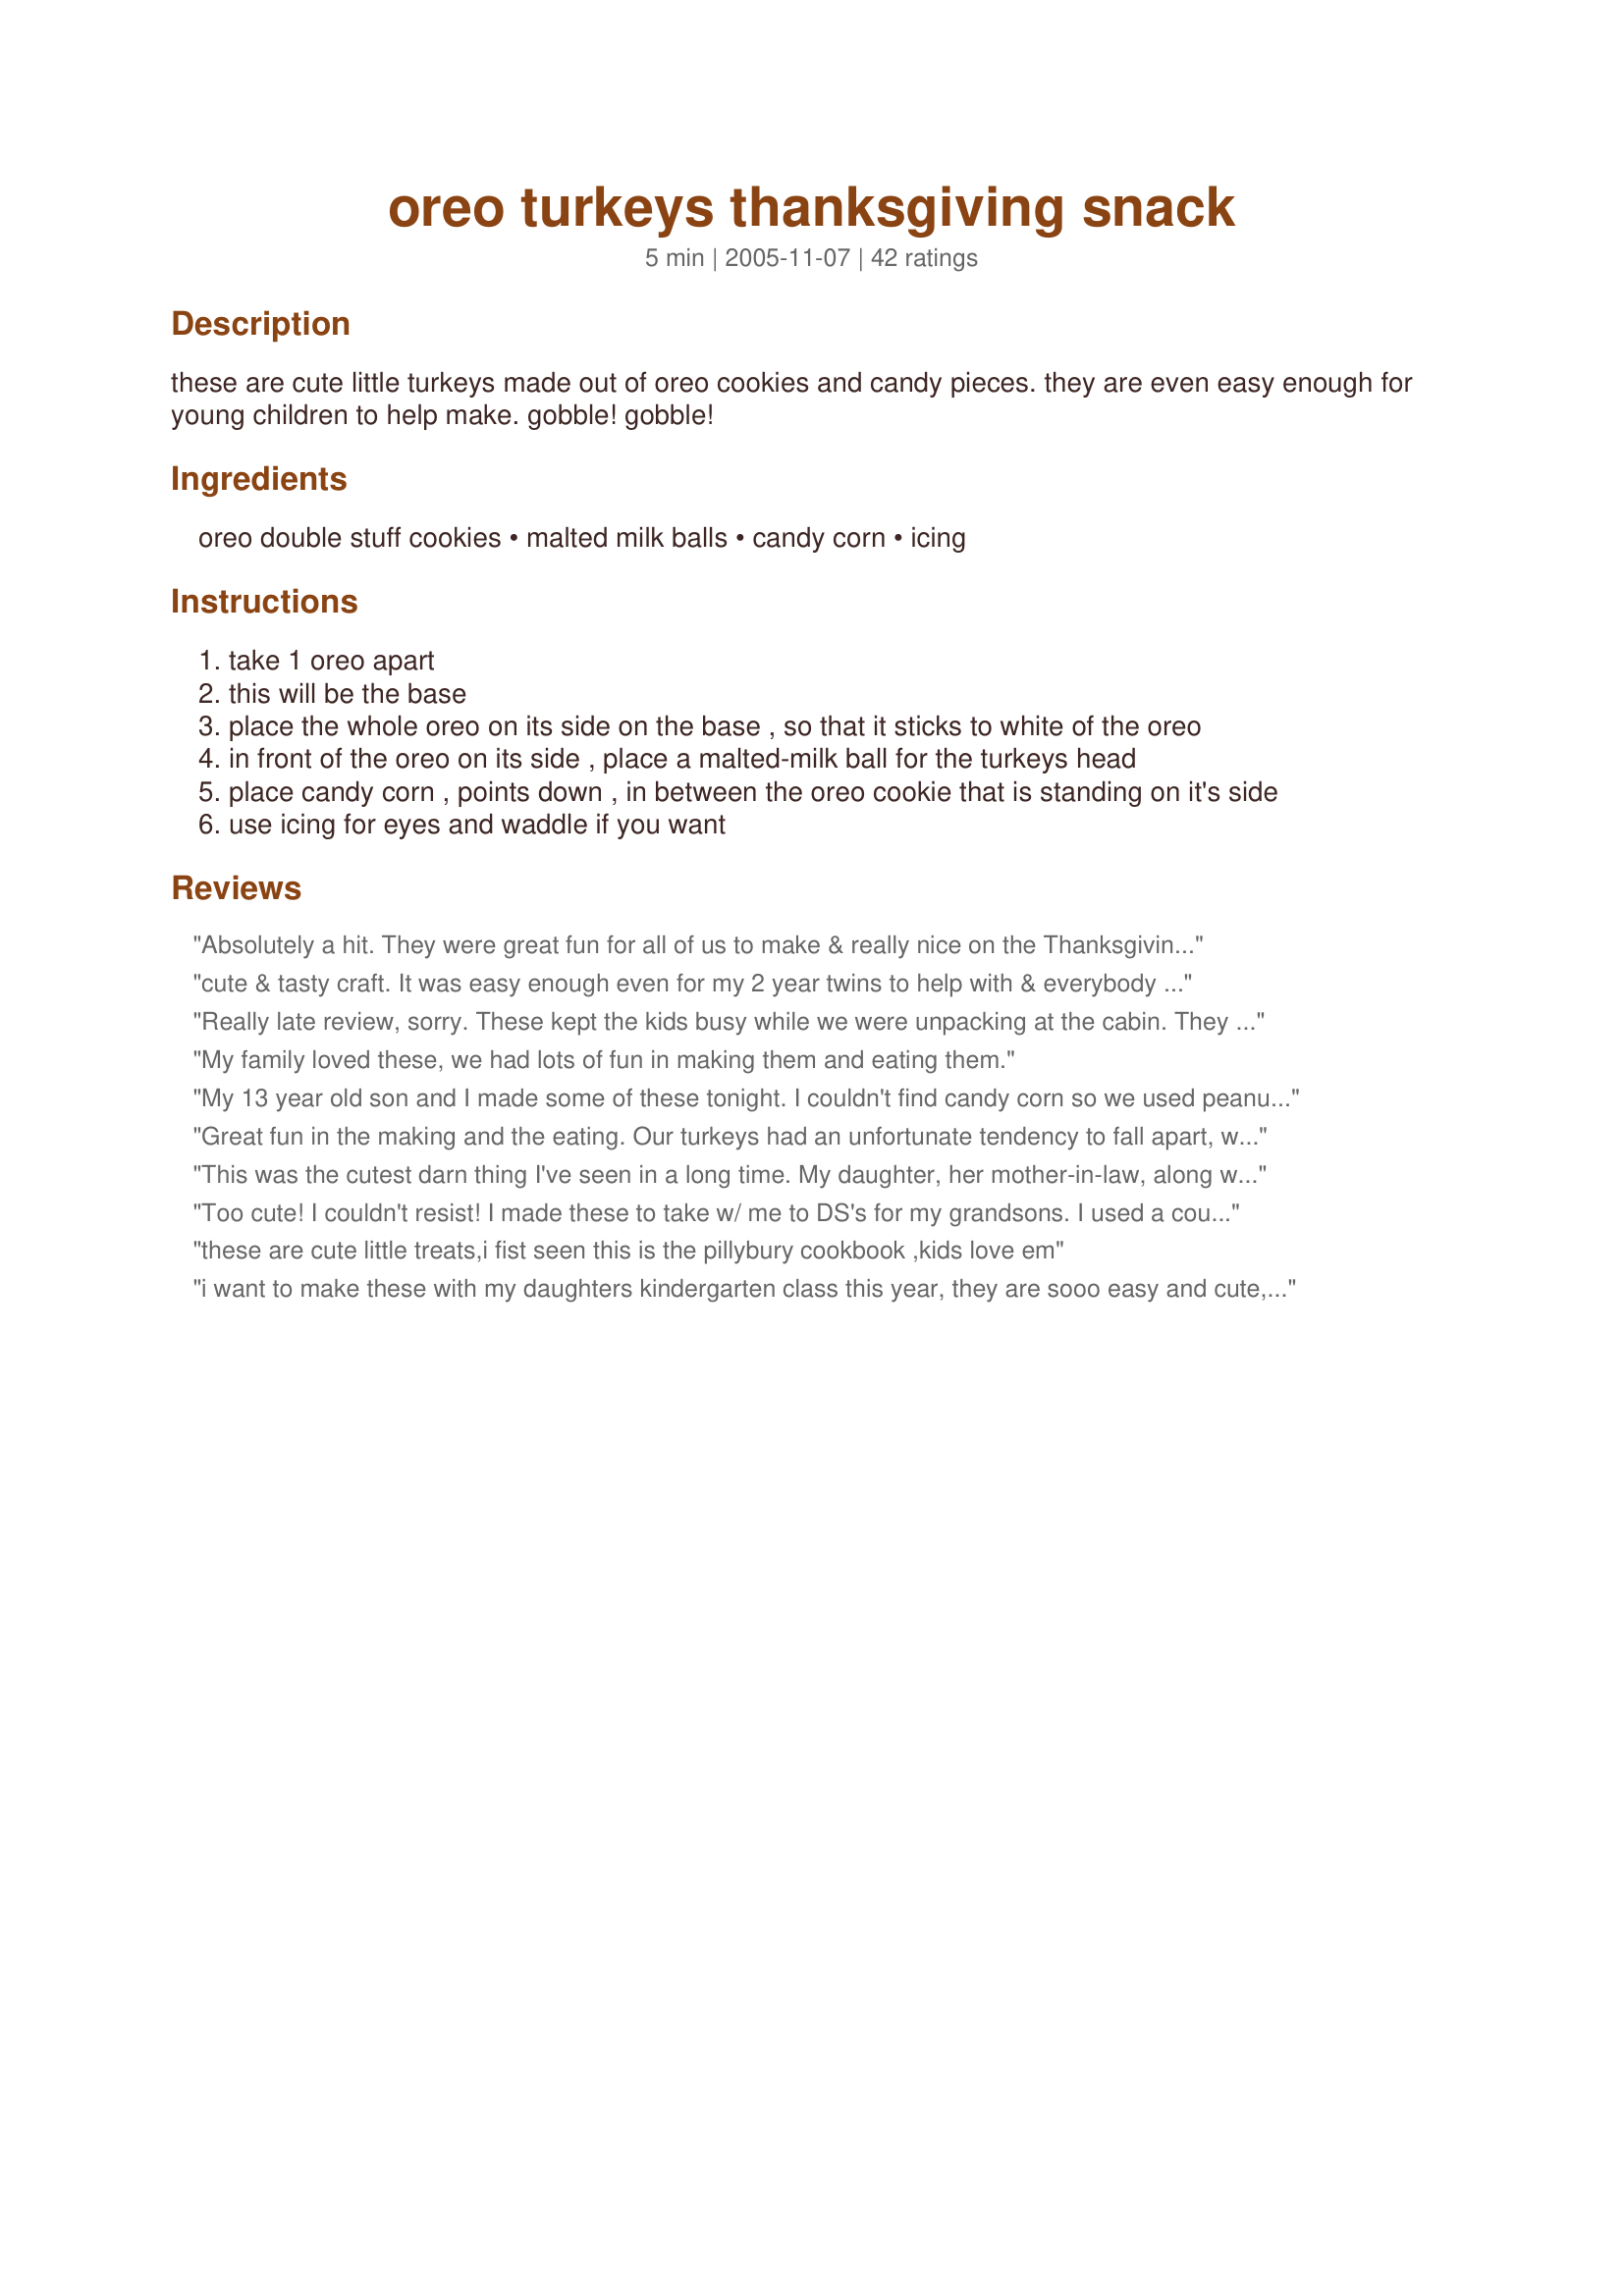
oreo turkeys thanksgiving snack
Preparation time: 5 minutes

these are cute little turkeys made out of oreo cookies and candy pieces. they are even easy enough for young children to help make. gobble! gobble!

Ingredients:
oreo double stuff cookies, malted milk balls, candy corn, icing

Steps:
take 1 oreo apart
this will be the base
place the whole oreo on its side on the base , so that it sticks to white of the oreo
in front of the oreo on its side , place a malted-milk ball for the turkeys head
place candy corn , points down , in between the oreo cookie that is standing on it's side
use icing for eyes and waddle if you want

Reviews:
Absolutely a hit. They were great fun for all of us to make & really nice on the Thanksgiving table. All the guests were amused by them. A few were eaten and a few went home with guests and I am sure many more will be made in the future -- thanks for the fun
cute & tasty craft. It was easy enough even for my 2 year twins to help with & everybody loves oreos, just don't forget to have plenty of milk on hand with this treat.
Really late review, sorry. These kept the kids busy while we were unpacking at the cabin. They ate more of the candy than of the turkeys. Very cute! Nice edible craft for young 'uns.
My family loved these, we had lots of fun in making them and eating them.
My 13 year old son and I made some of these tonight. I couldn't find candy corn so we used peanut halves. They were still cute just not as colorful! We're going to make some more for Thanksgiving as the ones we made tonight all got eaten!!!
Great fun in the making and the eating. Our turkeys had an unfortunate tendency to fall apart, which kept the kids busy keeping the turkeys intact, or eating the victims. Fun.
This was the cutest darn thing I've seen in a long time. My daughter, her mother-in-law, along with a family friend assembled these darlin's. They were placed at each table setting. It was fun to try and make them resemble certain people.

A definite must for anyone with a young children. It will light up their day.
Too cute! I couldn't resist! I made these to take w/ me to DS's for my grandsons. I used a couple of ideas from a similar recipe for this turkey, subbing Rollo's for the mini peanut butter cups b/c of a grandson's peanut allergy. I split one Oreo double stuff and, after putting in the candy corn tail feathers, sat the "tail" firmly into the white filling of the split cookie. I dabbed a bit of chocolate frosting onto the bottom and one side of the Rollo and "glued" it to the "tail" and the white "snow-covered" ground. "Glued" the malted milk ball onto the Rollo. I noticed that some of the candy corn didn't have the white tip so I broke of the orange tips for the "beaks"... which I "glued" on w/ the frosting. By this time the turkeys were starting to get some personality! I used yellow gel to make "feet" on the "snow" under the turkeys. I used red decorating gel to make the "snoods" and "wattles" across the "beak" and hanging down one side. I used blue decorating gel to make "eye"... too cute. The blue didn't show up as blue b/c of the dark background of the malted milk ball... but they're great! My DD who dropped by w/ my granddaughters LOVED them and I had to send two home for the girls. I'm sure they're going to be a HUGE hit when I get to my son's house for Thanksgiving! Thanks so much for sharing this recipe!
these are cute little treats,i fist seen this is the pillybury cookbook ,kids love em
i want to make these with my daughters kindergarten class this year, they are sooo easy and cute, and of course yummy!
Wow...my GF just pointed out that I took a photo of this LAST thxgiving, but never reviewed it. Whoops! So sorry, cheryl. Anyway, we loved them and they really gave our big white table so much charm. thx for posting!
This is very late I know. These were a big hit at Thanksgiving. I did have to use some extra frosting to keep the turkey standing, and the feathers in, but it was alot of fun. I also added the peanut butter cups for the body of the turkey. Thanks!
I am sending a copy of this to my daughter to make this for my grandkids for thankgiving. I wish i was there to make them. I made them with my daughter when she was little...now she is sharing the fun with her own kids.
These are adorable and simple enough for our 4-year old granddaughter to make, and enough fun for the 8 and 11 yr olds, too. IMPORTANT TIP! If you are planning to make these for Thanksgiving, BUY THE CANDY CORN AT HALLOWEEN. Two weeks before Thanksgiving I have searched in 8 different stores for candy corn -- no luck. Grocery stores and drug stores do not stock this candy once Halloween is over. Lucky me, I was able to finally score some candy corn at a local restaurant whose initals begin with CB and they have an old-fashioned gift shop attached to the restaurant. The candy corn was on close-out, but at least I found some! My advice to everyone is PLAN AHEAD to purchase the candy corn in October if you want to make these in November! So cute and fun to make....5 stars!
I made these for my Sunday School class and for Childrens Church this Sunday past. It went over very well. The kids had fun making them and eating them. Of course you had some that didn't like oreo's, some that didn't like candy corn... That didn't matter, they were still adoarable and a hit!
These look adorable. We'll have to do this next year!
Had to make them without double stuff Oreos, but they worked great anyway. Kids had lots of fun!
I have to give you 5 stars for cuteness alone! Too bad I didn't see these for the class project for my daughters at thanksgiving time. I am printing it out to pass on to their teachers for next year.
We made these for thanksgiving and it was a hit with both young and old. Simple and decorative.
Made these with ny three year old granddaughter. 
Very Cute. 

Thanks ncmsteryshopper. 

Bullwinkle
These are cute and easy to make but a bit fragile. My 10 month old daughter managed to grab one while daddy was holding her and made short work of it. LOL
They went over very well with the young crowd, but I couldn't get the recipe to look like the pictures. How did you get the eyes and woddles?
Thanks for sharing!
This was the cutest and most fun thing for the kids to make. Thanks for sharing!
~Texas Mommy :)
My 13 yr. old neice and my 14 yr. old son had a great time making tons of these for the Thanksgiving table. We put one at each place setting and around the centerpiece. Just goes to show you, you're never too old to enjoy the simple things. Hey, even MOM had fun making them.
As always, I went looking for something (table deccor for Thanksgiving) and found so much in RecipeZaar!!! I volunteered to bring a fruit salad, a centerpiece and now these Turkeys. They are so cute and so easy to make up, I had a dozen made in about an hour. Thanks so much for posting, NcMysteryShopper. You made my day and can't wait to take them to the dinner. Got anymore neat ideas?? Thanks again, AngelCook.
I am not sure what happened in my house, but I could not get these to stick together. I bought store brand double stuff oreos, and maybe that was it. They fell apart; and I needed to transport. Next time I will try them with original oreos.
These were so cute and festive on our Thanksgiving dinner table.
Everyone thought it was my idea and I didn't say it wasn't.
:oops:
We have snack day in my kinder's class the day before TG vaca, and when I saw this, my search was over! I LOVED the look & ease for 20+ kids. I chose the *golden* double stuf Oreos & feel it looks cleaner than the choc-no dark crumbs on the 'stuf'. Good advice on getting x-tra cookies, b/c they either break or are already broken. BTW-Save the lids to smash w/ butter for a dessert crust-I hate to throw away a perfectly good cookie! I used malted milk balls for the head & made the eyes w/ a dot of store-bought white cream ch. frosting & stuck a red jimmie or sprinkle (ya know the colored things for ice cream). A tooth-pick helped place it in the center of the frosting dot. I dotted the licorice w/ frosting to stick it under the malted milk ball head. I love the realistic look of the mini-Reeces cup, but think the round heads are cuter for the kiddies-I tried both. Super-duper easy for a non-baker like me! My kinder (and hubby) loved them & I can't WAIT til Tuesday to present it to the class. Great, fabulous idea. More like crafting than cooking & I really enjoyed creating these lil gobblers! I submitted a pic of my first so you could see the golden cookies, too. :D
These were a huge hit and SO easy to make!
I made these assembly line style with my two younger sisters. It was really fun and easy and my little brother loved eating the frosting-less oreo halves. I used a little red icing for the gobbler. Got lots of 'cute' all around. This easily can be a Thanksgiving tradition.
I teach a kids "cooking" class on Wednesday nights and I am always on the lookout for fun and easy recipes and this one caught my eye last year but our Thanksgiving is in October and I did not have the chance to use this recipe last year. I need recipes that are sort of simple because my youngest group is grade one and two but it still have to be fun for my oldest group too, who are grades five and six. This was fun for the kids (grades 5&6) last week. I made a batch of Sugar Cookie Icing and tinted some black and some white and put in ziplocs with the end cut off so they could add eyes and "glue" on licorice laces on the side of the head. In total over three weeks my three classes will have made about 200 oreo turkeys!! Thanks Cheryl :)
Made these for the preschool Thanksgiving Feast today and all the kids (and the parents & teachers) loved them! And another big plus is that the preschoolers could make them all by themselves! So cute-we'll definitely be making for the Thanksgiving Day kids table too!
My kids had a blast making these fun festive cookies. All our guests were impressed. However, we couldn't figure out how to make the eyes shown on the picture.
This was something fun to do. The only thing was everywhere I went was sold out of candy corn so used reeses pieces m&m. They looked just as cute and fun.
These are ADoRabLe!!! they were a big hit at my house these year! my uncle kept insisting on where we bought them cause he didnt believe i made em! haha!! it was very difficult eating them though cuz they were tooooooo KUTE!!! :D:D:D! these'll be coming back every single thanksgiving!!!
My kids made these for our Thanksgiving place card holders. They were easy enough that my 5 year old loved it and creative enough that my 12 year old loved it too. We placed one on each dinner plate with a card for each guest to write what they were thankful for. The turkeys were fun to make and even more yummy to eat!

Heather
Madethese for my son's 3rd grade class at school for their Thanksgiving party - everyone loved them and of course they tasted good - they're OREOS!
Creative
I saw these in Woman's Day or Family Circle a couple of years ago. We made ours with the same ingredients but added red hots for feet and mini M&M's for eye. The kids loved them. The ingredients for this are pretty high but a good activity for about 30 minutes. My 2 1/2 year old needed help but my older kids did just fine.
Absolutely adorable!
Fun recipe. Did these at my son's school (3rd grade) and they were a huge hit. We are going to make these again on Thanksgiving with the kids. Have extras since some of the cookies inevetably will break. I also made white icing for eyes and cut Twizzlers in small pieces for the gobbler. Very cute treat!
When we arrived for Thanksgiving our 4 yr old grandson proudly led us to the table to show us the turkeys he made for each place setting. His mom also made 25 turkeys for daycare with his help. It is a very kid friendly recipe & he was thrilled with the results. As you can see in my photo she added a small Reese's cup for the body. I was delighted to see your recipe printed out & you a part of our holiday. Thank you!
